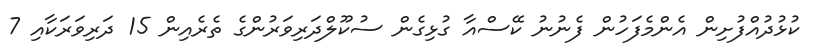
ކުޅުދުއްފުށިން އެންމެފަހުން ފެނުނު ކޭސްއާ ގުޅިގެން ސުކޫލްދަރިވަރުންގެ ތެރެއިން 15 ދަރިވަރަކާއި 7